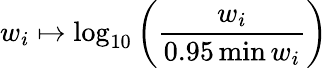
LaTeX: w_{i}\mapsto\log_{10}\left(\frac{w_{i}}{0.95\operatorname*{min}w_{i}}\right)